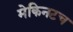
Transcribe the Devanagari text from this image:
मेकिनटच